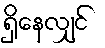
ရှိနေလျှင်